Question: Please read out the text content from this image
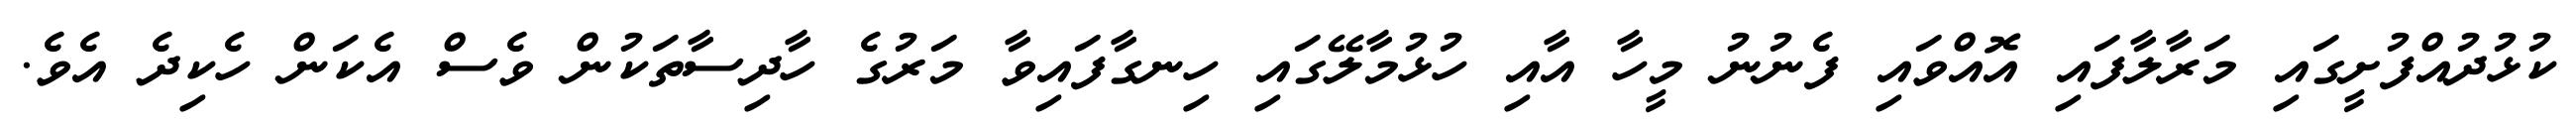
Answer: ކުޅުދުއްފުށީގައި މަރާލާފައި އޮއްވައި ފެނުނު މީހާ އާއި ހުޅުމާލޭގައި ހިނގާފައިވާ މަރުގެ ހާދިސާތަކުން ވެސް އެކަން ހެކިދެ އެވެ.